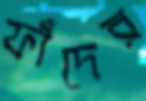
ফাঁদের